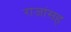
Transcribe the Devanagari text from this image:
राजांसह